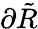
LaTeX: \partial\tilde{R}